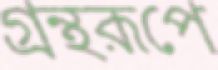
গ্রন্থরূপে